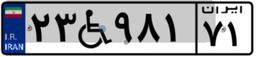
۲۳W۹۸۱۷۱